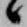
候